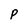
Character: P